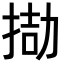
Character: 𢮌